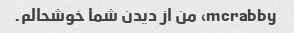
mcrabby، من از دیدن شما خوشحالم.